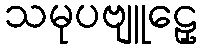
သမုပဗျူဠှေ